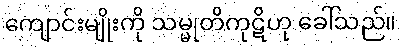
ကျောင်းမျိုးကို သမ္မုတိကုဋိဟု ခေါ်သည်။